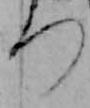
つ